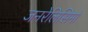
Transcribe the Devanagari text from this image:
जनरेलिसिमो